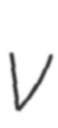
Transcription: v